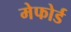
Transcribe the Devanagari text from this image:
मेफोर्ड